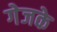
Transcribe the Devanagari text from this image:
गेजके